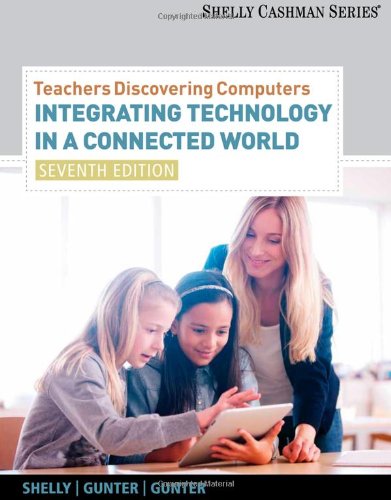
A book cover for Teachers Discovering Computers: Integrating Technology in a Connected World, 7th Edition; Gary B. Shelly; Computers & Technology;